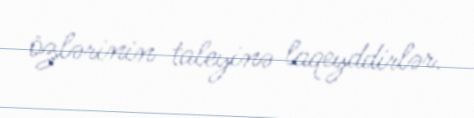
özlərinin taleyinə laqeyddirlər.